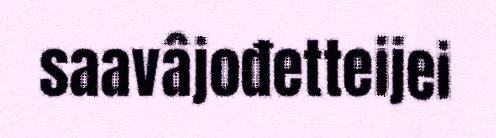
saavâjođetteijei